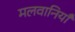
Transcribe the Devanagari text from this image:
मलवानियाँ